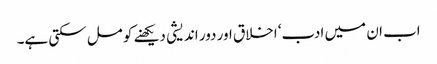
اب ان میں ادب‘ اخلاق اور دور اندیشی دیکھنے کو مل سکتی ہے۔